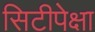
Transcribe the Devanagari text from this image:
सिटीपेक्षा